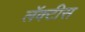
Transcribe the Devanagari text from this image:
लॅक्‍टीस